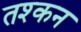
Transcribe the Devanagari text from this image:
तश्कन